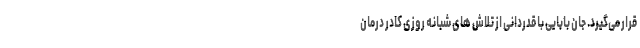
قرار می‌گیرد. جان بابایی با قدردانی از تلاش های شبانه روزی کادر درمان